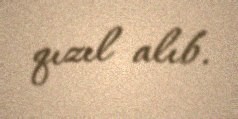
qızıl alıb.